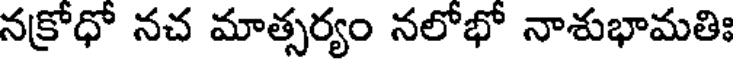
నక్రోధో నచ మాత్సర్యం నలోభో నాశుభామతిః